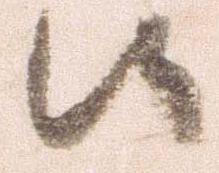
候